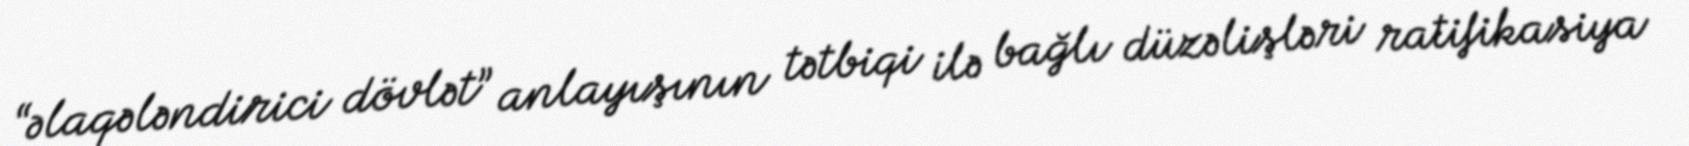
“əlaqələndirici dövlət” anlayışının tətbiqi ilə bağlı düzəlişləri ratifikasiya